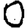
Digit: 0